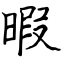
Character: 暇